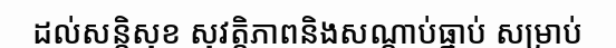
ដល់សន្តិសុខ សុវត្តិភាពនិងសណ្តាប់ធ្នាប់ សម្រាប់